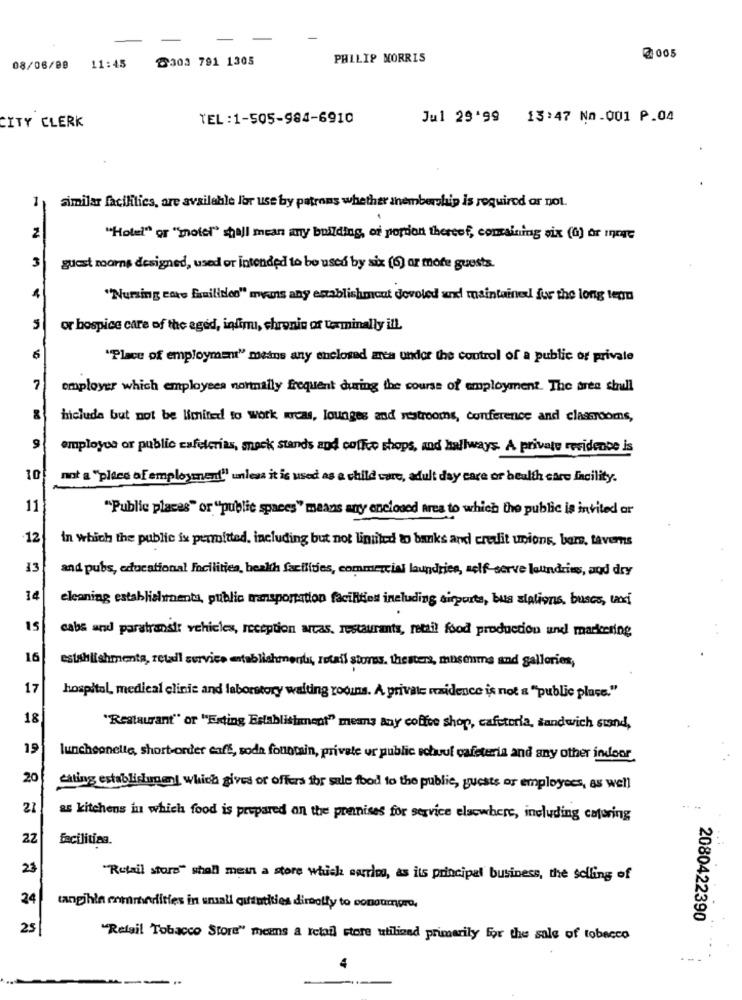
8303 791 1305
PHILIP MORRIS
@005
08/06/08 11:45
TEL:1-505-984-6910
Jul 29'99 13:47 No.001 P.04
CITY CLERK
similar facilities, are available for use by patrons whether anembership is required or not.
1
2
"Hotel" or "motel" shall mean any building, of portion thereof, containing six (0) or inrge
3
guest moorns designed, used or intended to be used by six (6) or more guests.
"Nursing care Erailides" myans any establishment dovoled and maintained for the long tegn
5
or hospice care of the aged, infimu, chronic of terminally ill.
"Place of employment" means any enclosed area under the control of a public or private
7
employer which employees normally frequent during the course of employment. The area shull
include but not be limited to work areas, lounges and restrooms, conference and classrooms,
employee or public cafeterías, mack stands and coffee shops, and hallways. A private residence is
10
not a "place of employment" unless it is used as a child care, adult day care of health care facility.
11
"Public places" or "public spaces" means any enclosed area to which the public is invited or
12
in which the public is permitted, including but not lintiled to banks and credit unions, bare, taverns
13
and pubs, educational Facilities, health facilities, commercial laundries, self serve laundries, and dry
14
cleaning establishments, public transportation facilities including airports, bus stations, busco, taxi
15
cabs and parstransit vehicles, reception arcas, restaurants, retail food production und markering
16
establishmenta, retadl service entablishment, retail stores. thesters, museums and galleries,
17
hospital medical clinic and laboratory waiting roomns. A private maidence is not a "public place."
18
"Restaurant" or "Exting Establishment" means any coffee shop, cafeteria, sandwich stand,
19
luncheonette, short order caff, soda fountain, private ur public echuul cafeteria and any other indoor
20
eating establishupani which gives or offers for sale food to the public, guests or employees, as well
21
as kitchens in which food is prepared on the premises for service elsewhere, including catering
22
facilities.
23
"Retail store" shall mein a store which carlos, as its principal business, the selling of
24
tangible enmmerfities in small giftatities dirbolly to conoumpro,
2080422390
25
"Retail Tobacco Store" means a retail store utilized primarily for the sale of tobacco
4